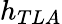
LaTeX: h_{TLA}